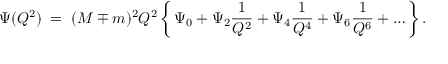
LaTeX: \Psi ( Q ^ { 2 } ) \; = \; ( M \mp m ) ^ { 2 } Q ^ { 2 } \, \biggl \{ \, \Psi _ { 0 } + \Psi _ { 2 } \frac { 1 } { Q ^ { 2 } } + \Psi _ { 4 } \frac { 1 } { Q ^ { 4 } } + \Psi _ { 6 } \frac { 1 } { Q ^ { 6 } } + \ldots \, \biggr \} \, .